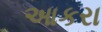
આકરા